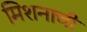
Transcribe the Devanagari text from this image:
मिशनाची